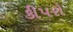
કીપરો